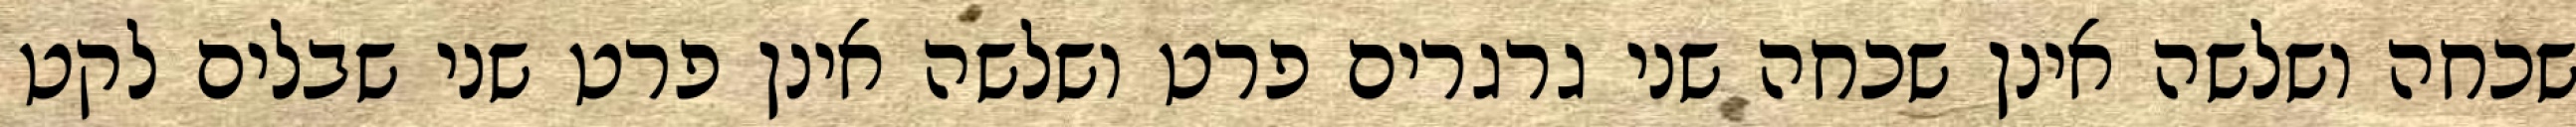
שכחה ושלשה אינן שכחה שני גרגרים פרט ושלשה אינן פרט שני שבלים לקט